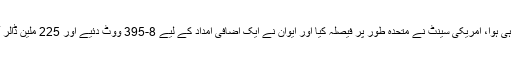
لیکن امریکی کانگرس میں ایسا ہی ہوا، امریکی سینٹ نے متحدہ طور پر فیصلہ کیا اور ایوان نے ایک اضافی امداد کے لیے 8-395 ووٹ دئیے اور 225 ملین ڈالر آئرن ڈوم کے پروگرام کے لیے۔